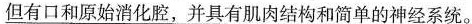
\underline{但有口和原始消化腔，并具有肌肉结构和简单的神经系统。}